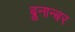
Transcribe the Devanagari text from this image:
ब्रुनान्बर